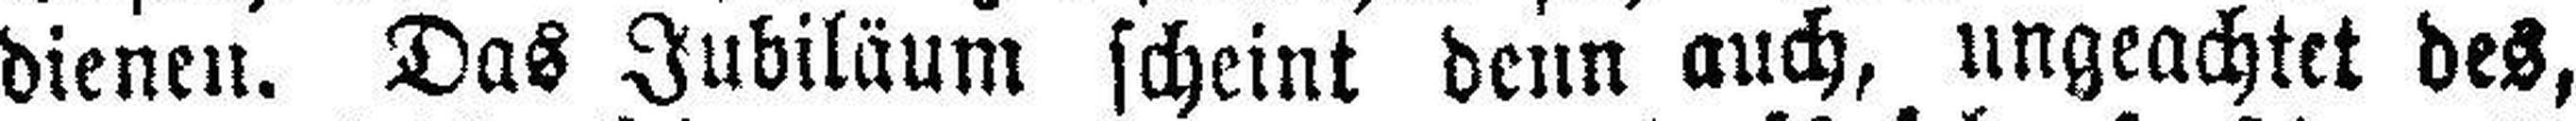
dienen. Das Jubiläum scheint denn auch, ungeachtet des,